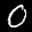
Label: 0